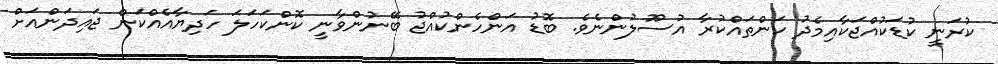
ކުރަނީ ކުޑަކުއްޖަކާއިމެދު ކަންތައްކުރާ އުސޫލުންނެވެ. ބޮޑު އަންހެންކުއްޖު ބޭނުންވާނީ ކޮންކަހަލަ ހަދިޔާއެއްކަން ޖައިދަންއަށް